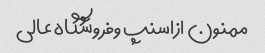
ممنون ازاسنپ وفروشگاه عالی